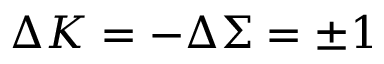
\Delta K = - \Delta \Sigma = \pm 1